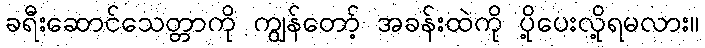
ခရီးဆောင်သေတ္တာကို ကျွန်တော့် အခန်းထဲကို ပို့ပေးလို့ရမလား။